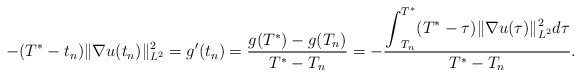
\begin{align*}-(T^*-t_n)\|\nabla u(t_n)\|^2_{L^2}=g'(t_n) = \frac{g(T^*)-g(T_n)}{T^*-T_n} =-\frac{\displaystyle{\int}_{T_n}^{T^*} (T^*-\tau)\|\nabla u(\tau)\|^2_{L^2} d\tau}{T^*-T_n}.\end{align*}